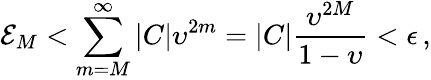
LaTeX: \mathcal{E}_{M}<\sum_{m=M}^{\infty}|C|\upsilon^{2m}=|C|\frac{\upsilon^{2M}}{1-\upsilon}<\epsilon\, ,